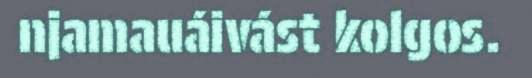
njamauáivást kolgos.